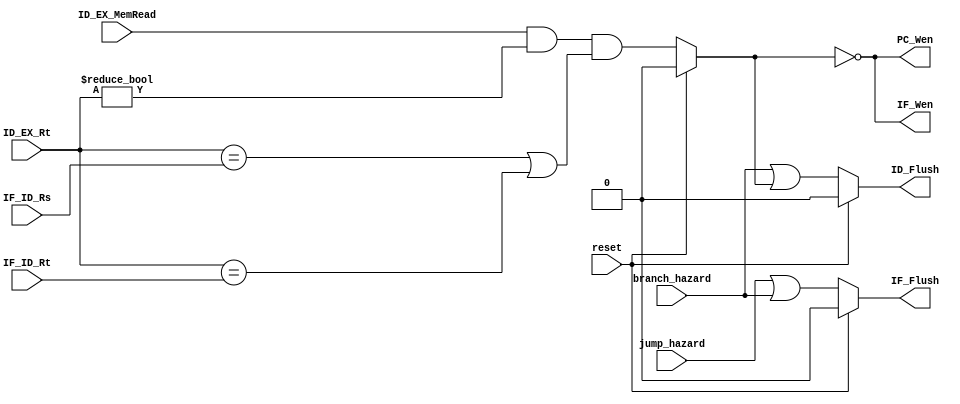
`timescale 1ns / 1ps

module Hazard(reset, branch_hazard, jump_hazard, ID_EX_MemRead,
              ID_EX_Rt, IF_ID_Rs, IF_ID_Rt, PC_Wen, IF_Flush, IF_Wen, ID_Flush);

    input reset, branch_hazard, jump_hazard, ID_EX_MemRead;
    input [4:0] ID_EX_Rt, IF_ID_Rs, IF_ID_Rt;

    output PC_Wen, IF_Flush, IF_Wen, ID_Flush;

    wire load_use_hazard;
    assign load_use_hazard = reset? 1'b0: (ID_EX_MemRead && (ID_EX_Rt != 0) && ((ID_EX_Rt == IF_ID_Rs) || (ID_EX_Rt == IF_ID_Rt)));

    assign PC_Wen = ~load_use_hazard;
    assign IF_Wen = ~load_use_hazard;

    assign IF_Flush = reset? 1'b0: (jump_hazard || branch_hazard);
    assign ID_Flush = reset? 1'b0: (branch_hazard || load_use_hazard);

endmodule